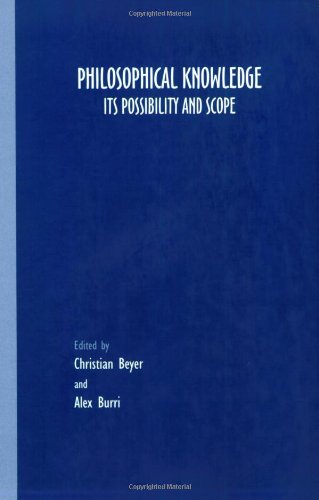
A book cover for Philosophical Knowledge: Its Possibility and Scope (Grazer Philosophische Studien, Vol. 74); Politics & Social Sciences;